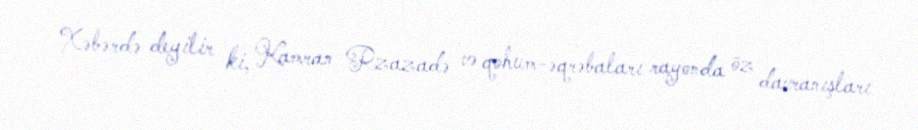
Xəbərdə deyilir ki, Kamran Rzazadə və qohum-əqrəbaları rayonda öz davranışları